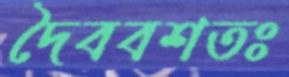
দৈববশতঃ